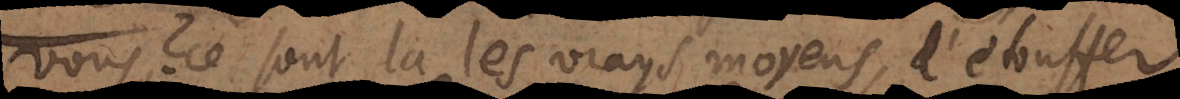
vous? Ce sont là les vrays moyens, d’étouffer